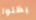
يظلوا